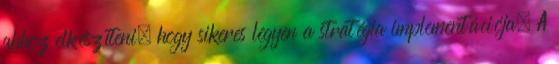
ahhoz elkészíteni, hogy sikeres legyen a stratégia implementációja. A